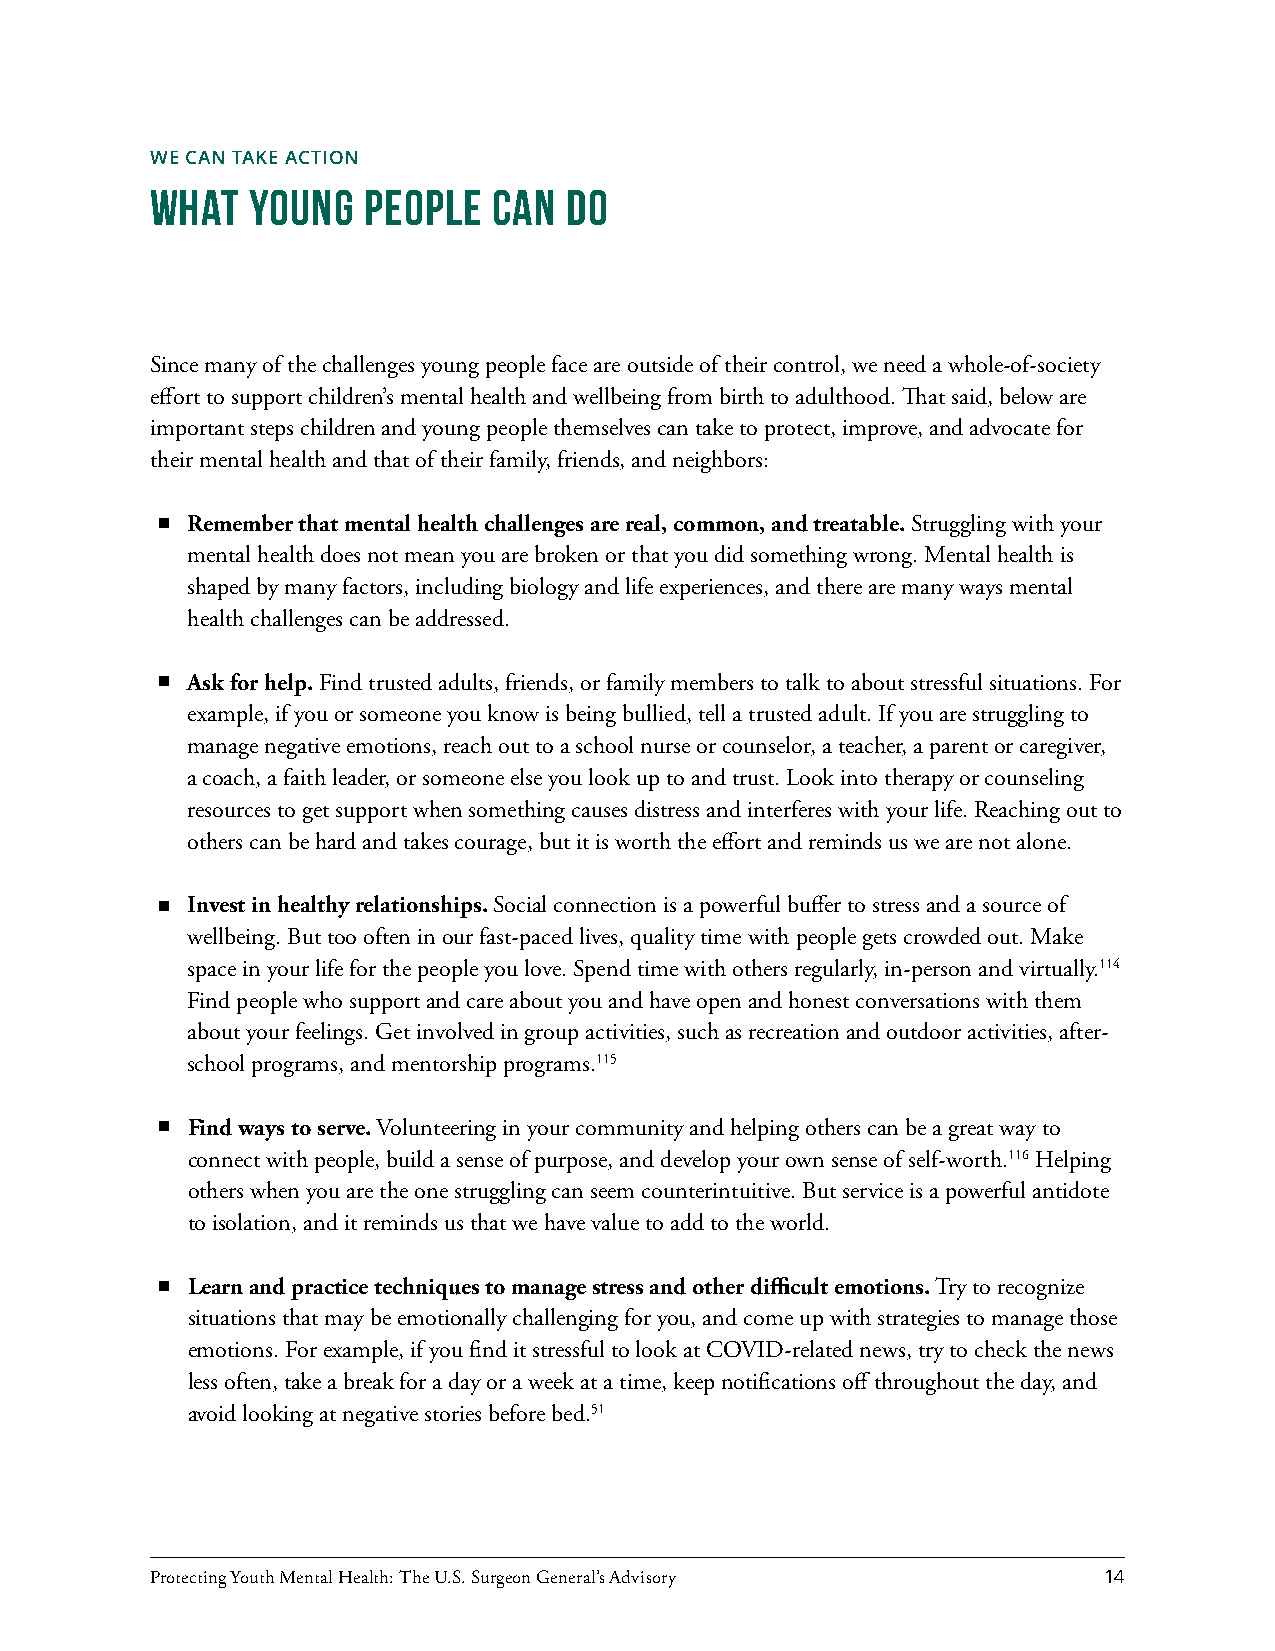
WE CAN TAKE ACTION
 What   Young  People   Can Do
 Since many of the challenges young people face are outside of their control, we need a whole-of-society
 effort to support children’s mental health and wellbeing from birth to adulthood. That said, below are
 important steps children and young people themselves can take to protect, improve, and advocate for
 their mental health and that of their family, friends, and neighbors:
 Remember that mental health challenges are real, common, and treatable. Struggling with your
 mental health does not mean you are broken or that you did something wrong. Mental health is
 shaped by many factors, including biology and life experiences, and there are many ways mental
 health challenges can be addressed.
 Ask for help. Find trusted adults, friends, or family members to talk to about stressful situations. For
 example, if you or someone you know is being bullied, tell a trusted adult. If you are struggling to
 manage negative emotions, reach out to a school nurse or counselor, a teacher, a parent or caregiver,
 a coach, a faith leader, or someone else you look up to and trust. Look into therapy or counseling
 resources to get support when something causes distress and interferes with your life. Reaching out to
 others can be hard and takes courage, but it is worth the effort and reminds us we are not alone.
 Invest in healthy relationships. Social connection is a powerful buffer to stress and a source of
 wellbeing. But too often in our fast-paced lives, quality time with people gets crowded out. Make
 space in your life for the people you love. Spend time with others regularly, in-person and virtually.114
 Find people who support and care about you and have open and honest conversations with them
 about your feelings. Get involved in group activities, such as recreation and outdoor activities, after-
 school programs, and mentorship programs.115
 Find ways to serve. Volunteering in your community and helping others can be a great way to
 connect with people, build a sense of purpose, and develop your own sense of self-worth.116 Helping
 others when you are the one struggling can seem counterintuitive. But service is a powerful antidote
 to isolation, and it reminds us that we have value to add to the world.
 Learn and practice techniques to manage stress and other difficult emotions. Try to recognize
 situations that may be emotionally challenging for you, and come up with strategies to manage those
 emotions. For example, if you find it stressful to look at COVID-related news, try to check the news
 less often, take a break for a day or a week at a time, keep notifications off throughout the day, and
 avoid looking at negative stories before bed.51
 Protecting Youth Mental Health: The U.S. Surgeon General’s Advisory 14